Lunatic asylums Punjab 1881-1894 - 1881-1894
Year: 1881
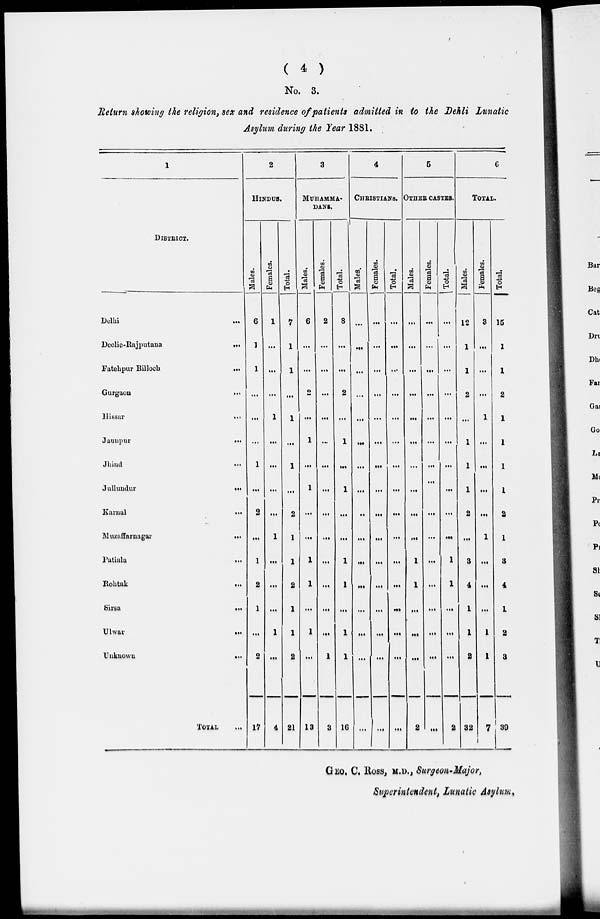
( 4 )
No. 3.
Return showing the religion, sex and residence of patients admitted in to the Dehli lunatic
Asylum during the Year 1881.
1
DISTRICT.
Delhi...
Deolie-Rajputana...
Fatehpur Billoch ...
Gurgaon
...
Hissar
...
Jaunpur...
Jhind...
Jullundur...
Karnal
...
Muzaffarnagar ...
Patiala...
Rohtak...
Sirsa...
Ulwar
...
Unknown
...
TOTAL ...
2
HINDUS.
Males.
6
1
1
...
...
...
1
...
2
...
1
2
1
...
2
17
Females.
1
...
...
...
1
...
...
...
...
1
...
...
...
1
...
4
Total.
7
1
1
...
1
...
1
...
2
1
1
2
1
1
2
21
3
MUHAMMA-
DANS,
Males.
6
...
...
2
...
1
...
1
...
...
1
1
...
1
...
18
Females.
2
...
...
...
...
...
...
...
...
...
...
...
...
...
1
8
Total.
8
...
...
2
...
1
...
1
...
...
1
1
...
1
1
16
4
CHRISTIANS.
Males.
...
...
...
...
...
...
...
...
...
...
...
...
...
...
...
...
Females.
...
...
...
...
...
...
...
...
...
...
...
...
...
...
...
...
Total.
...
...
...
...
...
...
...
...
...
...
...
...
...
...
...
...
5
OTHER CASTES.
Males.
...
...
...
...
...
...
...
...
...
...
1
1
...
...
...
2
Females.
...
...
...
...
...
...
...
...
...
...
...
...
...
...
...
...
Total.
...
...
...
...
...
...
...
...
...
...
1
1
...
...
...
2
6
TOTAL.
Males.
12
1
1
2
...
1
1
1
2
...
3
4
1
1
2
32
Females.
3
...
...
...
1
...
...
...
...
1
...
...
...
1
1
7
Total.
15
1
1
2
1
1
1
1
2
1
3
4
1
2
8
39
GEO. C. ROSS, M.D., Surgeon-Major,
Superintendent, Lunatic Asylum.